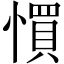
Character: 𢠼